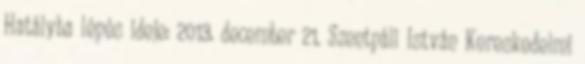
Hatályba lépés ideje: 2013. december 21. Szentpáli István Kereskedelmi